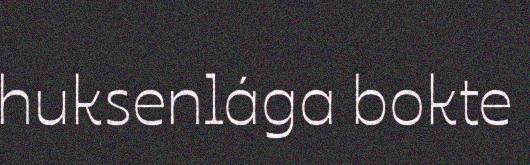
huksenlága bokte